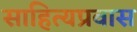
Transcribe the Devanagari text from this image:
साहित्यप्रवास